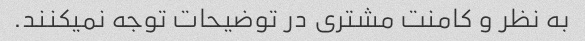
به نظر و کامنت مشتری در توضیحات توجه نمیکنند.